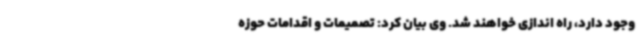
وجود دارد، راه اندازی خواهند شد. وی بیان کرد: تصمیمات و اقدامات حوزه